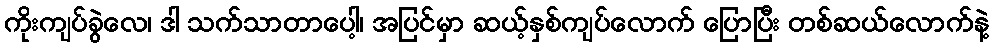
ကိုးကျပ်ခွဲလေ၊ ဒါ သက်သာတာပေါ့၊ အပြင်မှာ ဆယ့်နှစ်ကျပ်လောက် ပြောပြီး တစ်ဆယ်လောက်နဲ့